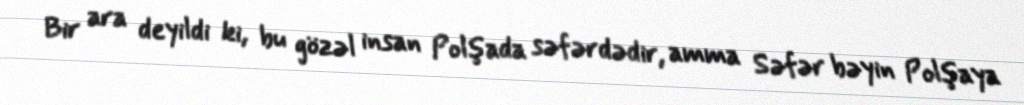
Bir ara deyildi ki, bu gözəl insan Polşada səfərdədir, amma Səfər bəyin Polşaya